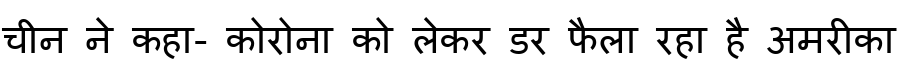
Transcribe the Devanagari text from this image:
चीन ने कहा- कोरोना को लेकर डर फैला रहा है अमरीका